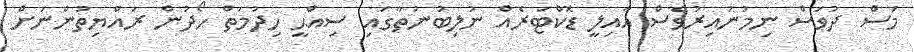
މަސް ދުވަސް ނިމުނުއިރުވެސް އާއިލީ ޑޮކްޓަރެއް ނުލިބުނުތާގައި ސިއްޙީ ހިދުމަތް ހޯދުން ރައްޔިތުންނަށް